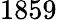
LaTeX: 1859